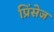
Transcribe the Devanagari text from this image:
प्रिंसेज